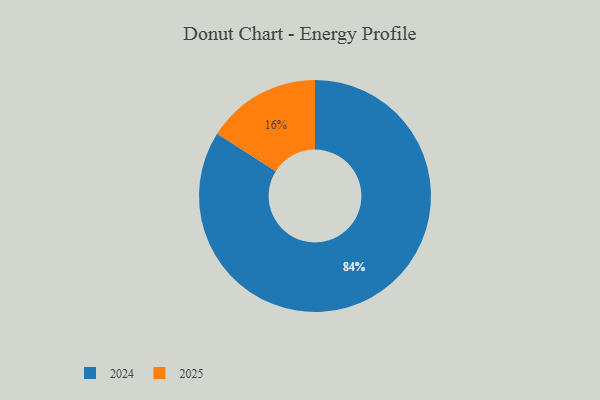
{"axis": {"x": "Category", "y": "Percentage"}, "legend": ["2024", "2025"], "data": [{"x": "2024", "y": 84, "type": "2024"}, {"x": "2025", "y": 16, "type": "2025"}]}